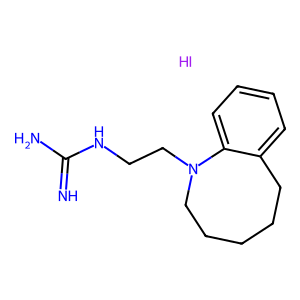
SMILES: I.N=C(N)NCCN1CCCCCc2ccccc21
Inhibits HIV replication: No